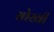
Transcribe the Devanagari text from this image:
सोखी